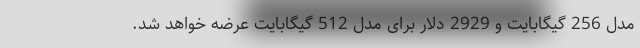
مدل 256 گیگابایت و 2929 دلار برای مدل 512 گیگابایت عرضه خواهد شد.